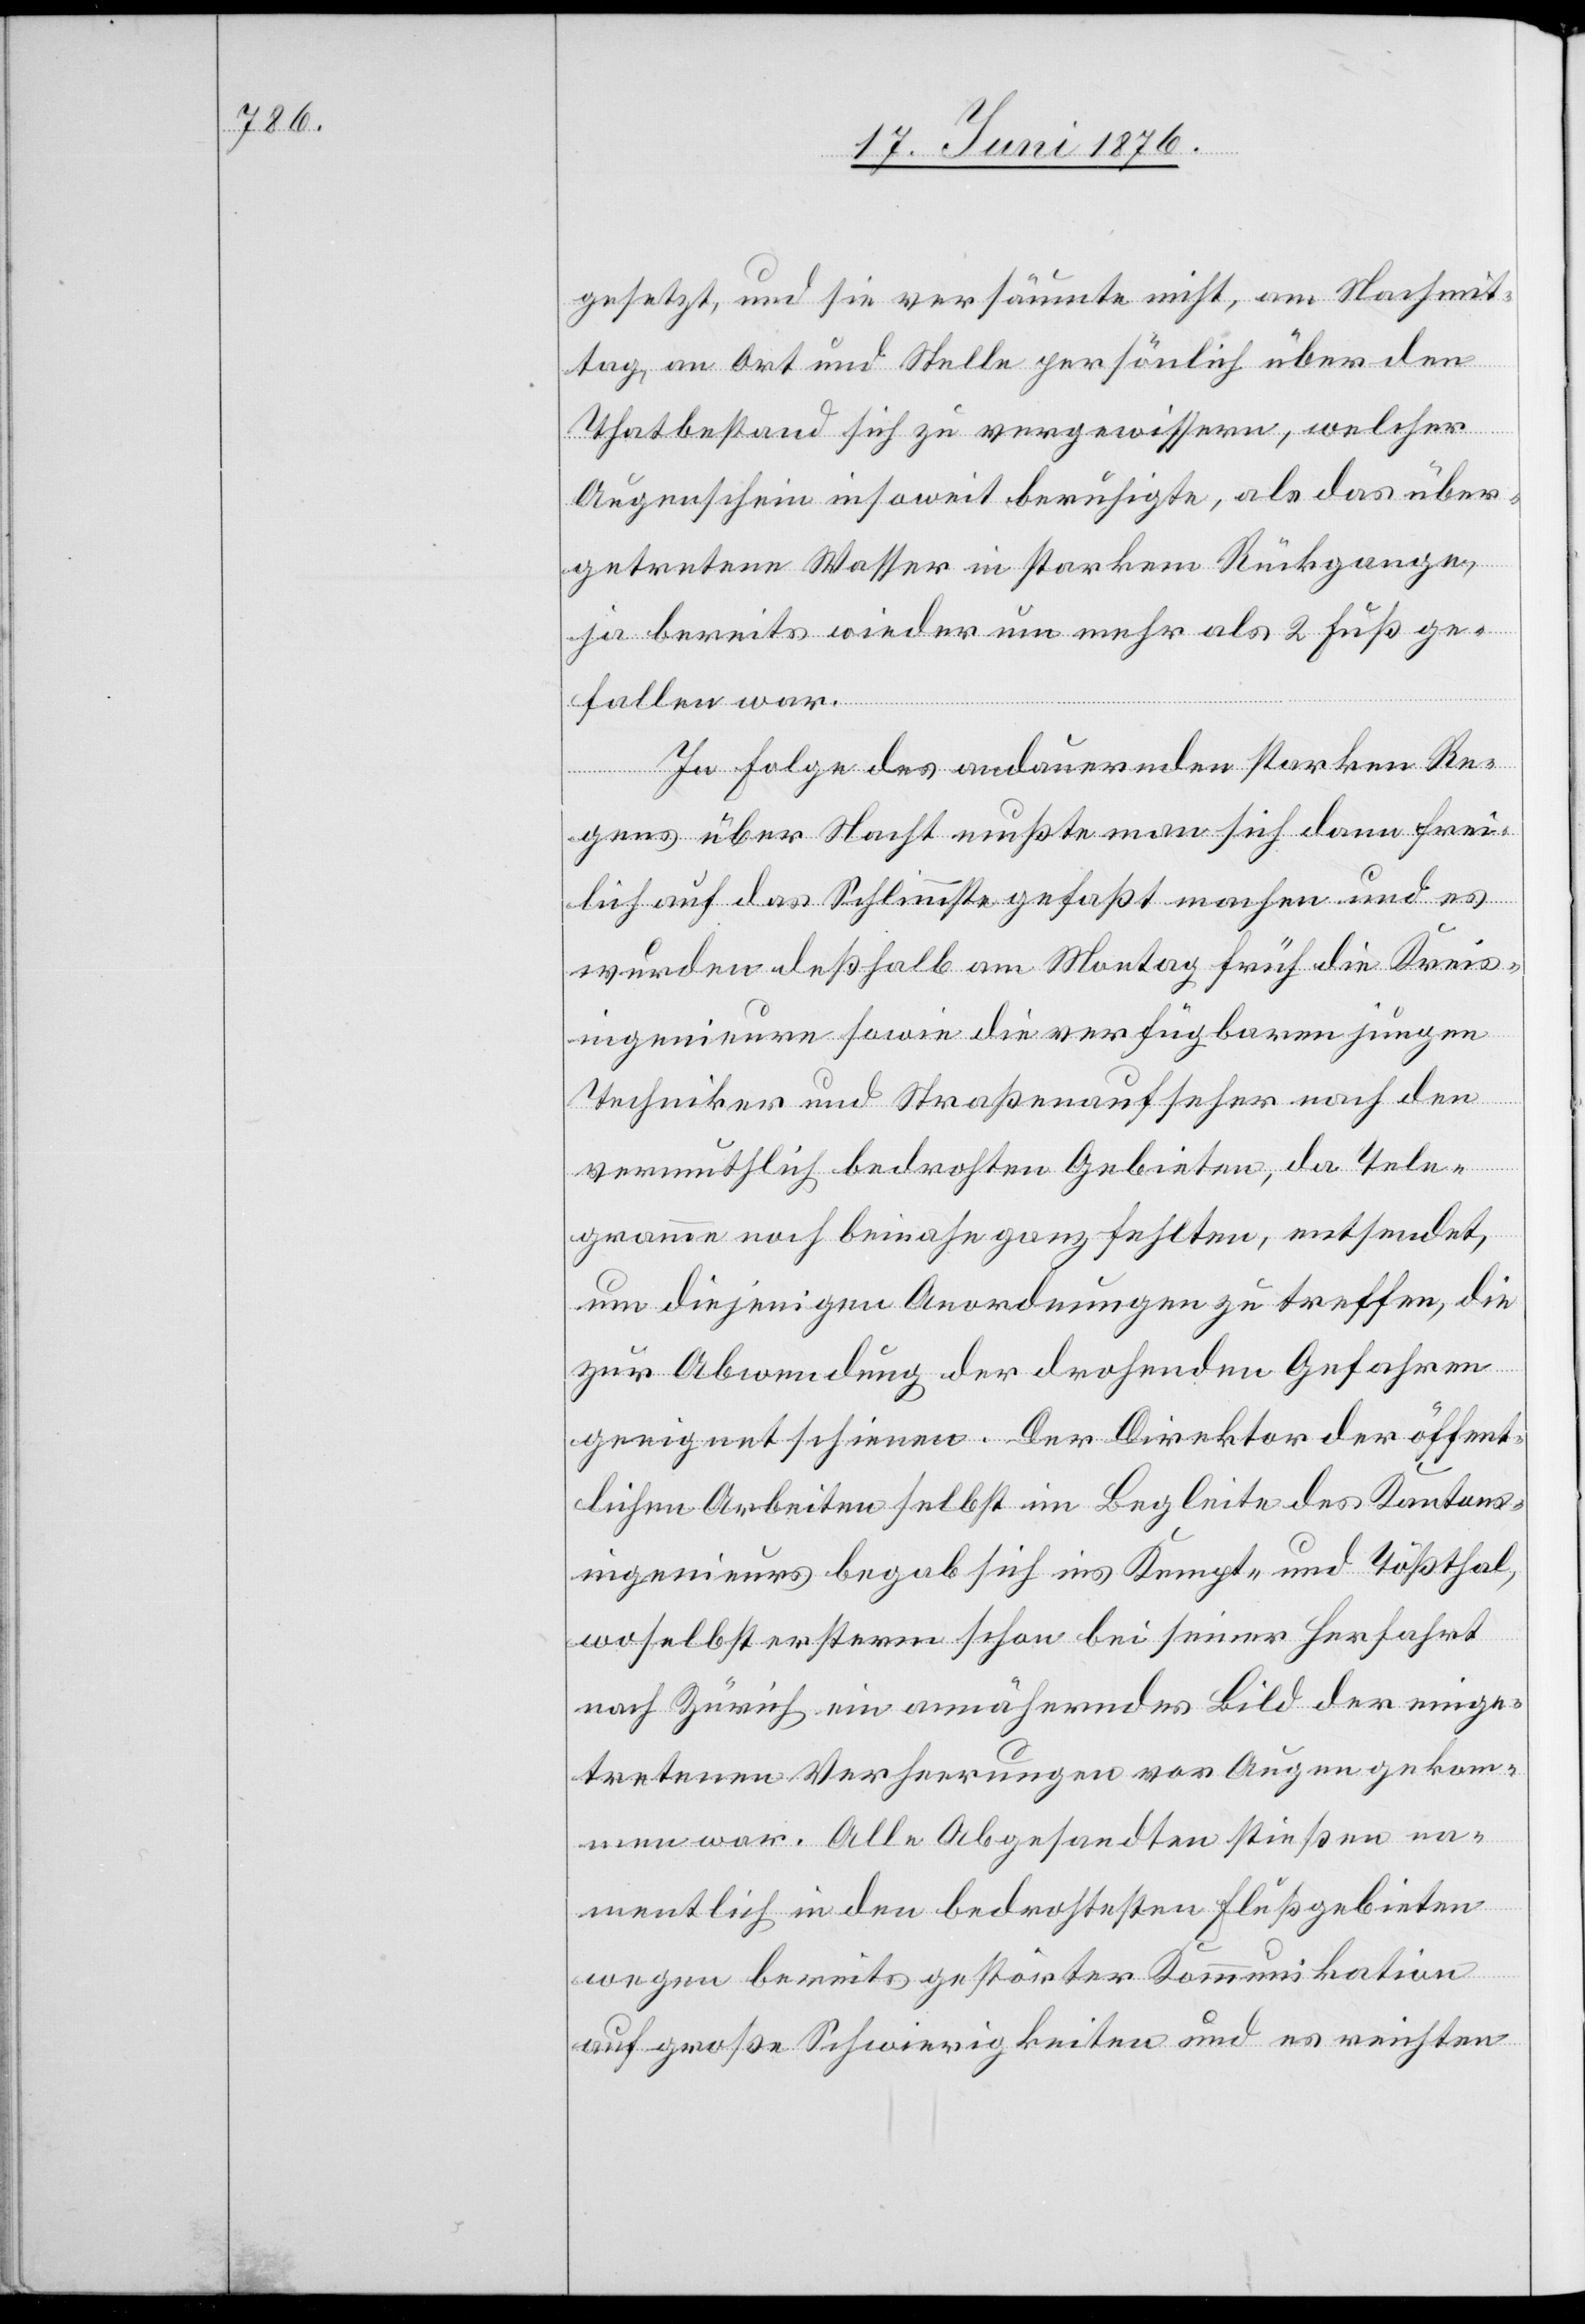
gesetzt, und sie versäumte nicht, am Nachmit¬
tag, an Ort und Stelle persönlich über den
Thatbestand sich zu vergewissern, welcher
Augenschein insoweit beruhigte, als das über¬
getretene Wasser in starkem Rückgange,
ja bereits wiederum mehr als 2 Fuß ge¬
fallen war.
In Folge des andauernden starken Re¬
gens über Nacht mußte man sich dann frei¬
lich auf das Schlimmste gefaßt machen und es
wurden deßhalb am Montag früh die Kreis¬
ingenieure sowie die verfügbaren jungen
Techniker und Straßenaufseher nach den
vermuthlich bedrohten Gebieten, da Tele¬
gramme noch beinahe ganz fehlten, entsendet,
um diejenigen Anordnungen zu treffen, die
zur Abwendung der drohenden Gefahren
geeignet schienen. Der Direktor der öffent¬
lichen Arbeiten selbst im Begleite des Kantons¬
ingenieurs begab sich ins Kempt- und Tößthal,
woselbst ersterm schon bei seiner Herfahrt
nach Zürich ein annäherndes Bild der einge¬
tretenen Verheerungen vor Augen gekom¬
men war. Alle Abgesandten stießen na¬
mentlich in den bedrohtesten Flußgebieten
wegen bereits gestörter Kommunikation
auf große Schwierigkeiten und es reichten